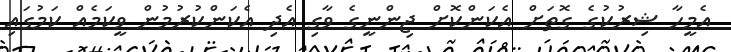
އެމީހާ ޝިރުކުގެ ގޮތަށް އެކަންކޮށް ޖިންނީގެ ވާގި އެދި އެކަންކުރުމުން ވީކަމެއް ކަމުގައި